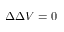
\Delta \Delta V = 0